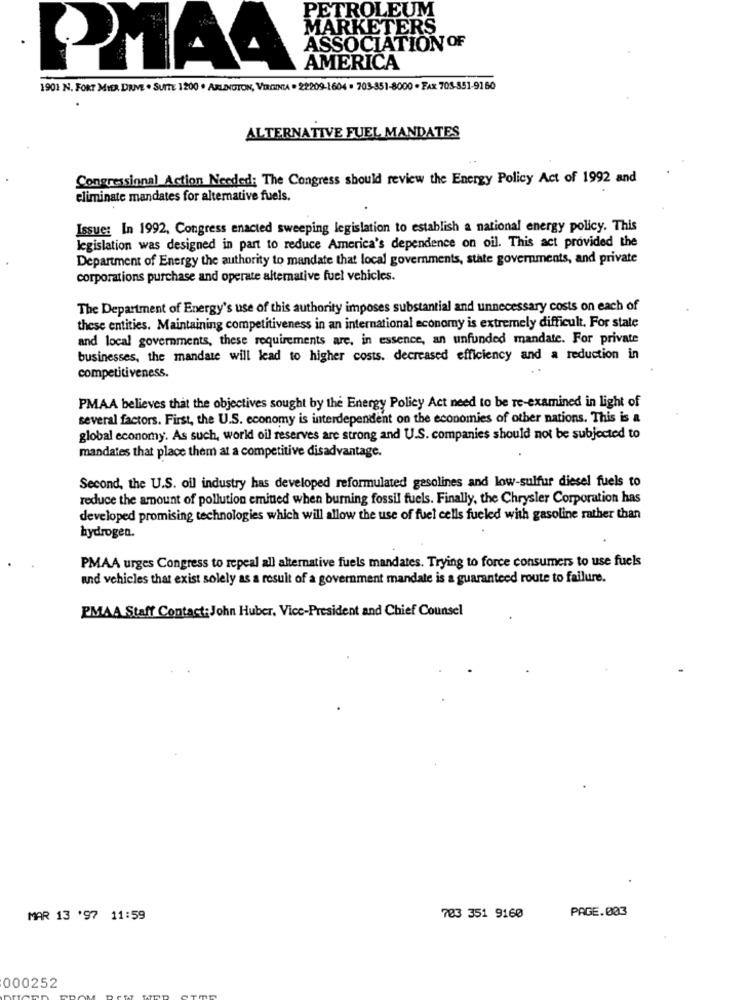
PETROLEUM
MARKETERS
ASSOCIATION OF
PIA4
AMERICA
1901 N. FORT MYER DRIVE . SUITE 1200 . ARLINGTON, VIRGINIA . 22209-1604 . 703-351-8000 - FAX 705-851-9160
ALTERNATIVE FUEL MANDATES
Congressional Action Needed: The Congress should review the Energy Policy Act of 1992 and
eliminate mandates for alternative fuels.
Issue: In 1992, Congress enacted sweeping legislation to establish a national energy policy. This
legislation was designed in part to reduce America's dependence on oil. This act provided the
Department of Energy the authority to mandate that local governments, state governments, and private
corporations purchase and operate alternative fuel vehicles.
The Department of Energy's use of this authority imposes substantial and unnecessary costs on each of
these entities. Maintaining competitiveness in an international economy is extremely difficult. For state
and local governments, these requirements are, in essence, an unfunded mandate. For private
businesses, the mandate will lead to higher costs. decreased efficiency and a reduction in
competitiveness.
PMAA believes that the objectives sought by the Energy Policy Act need to be re-examined in light of
several factors. First, the U.S. economy is interdependent on the economies of other nations. This is a
global economy. As such, world oil reserves are strong and U.S. companies should not be subjected to
mandates that place them at a competitive disadvantage.
Second, the U.S. oil industry has developed reformulated gasolines and low-sulfur diesel fuels to
reduce the amount of pollution emitted when burning fossil fuels. Finally, the Chrysler Corporation has
developed promising technologies which will allow the use of fuel cells fueled with gasoline rather than
hydrogen.
PMAA urges Congress to repeal all alternative fuels mandates. Trying to force consumers to use fuels
and vehicles that exist solely as a result of a government mandate is a guaranteed route to failure.
PMAA Staff Contact: John Huber, Vice-President and Chief Counsel
PAGE.003
MAR 13 '97 11:59
703 351 9160
000252